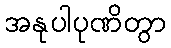
အနုပါပုဏိတွာ